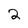
Character: 2